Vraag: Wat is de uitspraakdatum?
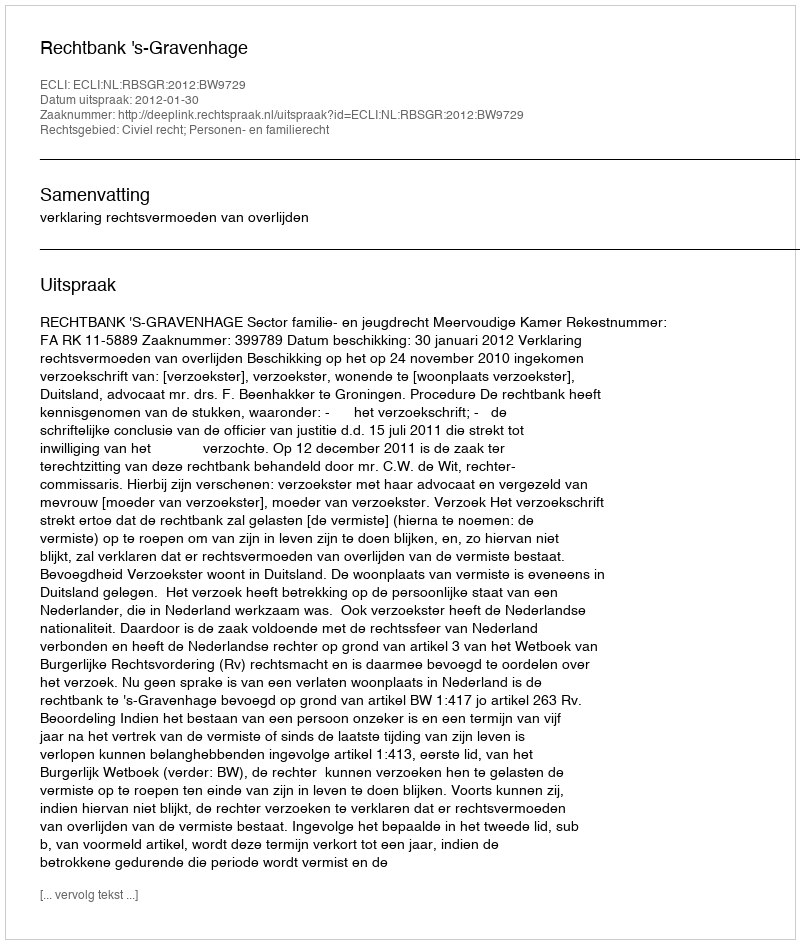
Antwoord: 2012-01-30